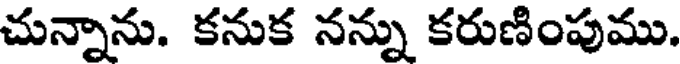
చున్నాను. కనుక నన్ను కరుణింపుము.